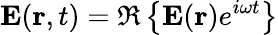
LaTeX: \mathbf{E}(\mathbf{r},t)=\Re\left\{ \mathbf{E}(\mathbf{r})e^{i\omega t}\right\}